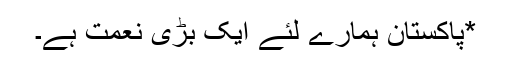
*پاکستان ہمارے لئے ایک بڑی نعمت ہے۔